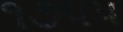
૧૭પપ